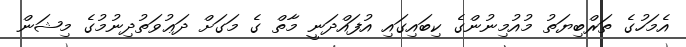
އެމަހުގެ ތަރްބިޔަތު މުއުމިނުންގެ ކިބައިގައި އުފައްދަނީ މާތް ގެ މަގަށް ދަޢުވަތުދިނުމުގެ މިޝަން